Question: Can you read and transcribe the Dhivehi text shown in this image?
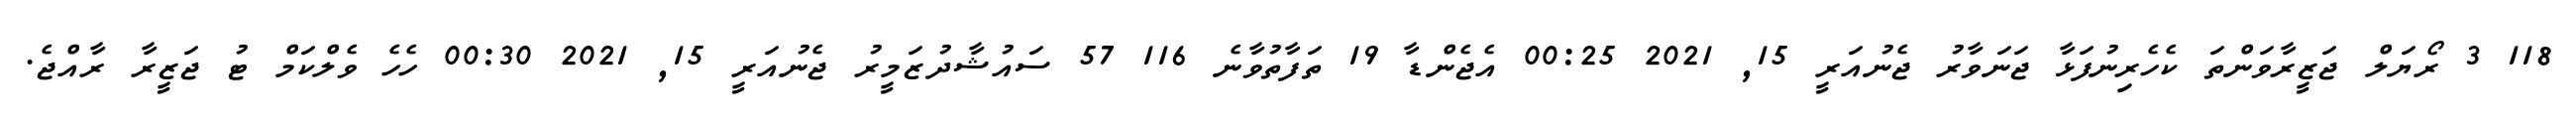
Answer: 118 3 ރޯޔަލް ޖަޒީރާވަންތަ ކެހެރިނުފަޅާ ޖަނަވާރު ޖެނުއަރީ 15, 2021 00:25 އެޖެންޑާ 19 ތަފާތުވާނެ 116 57 ސައުޝާދުޒަމީރު ޖެނުއަރީ 15, 2021 00:30 ހެހެ ވެލްކަމް ޓު ޖަޒީރާ ރާއްޖެ.